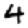
Digit: 4